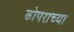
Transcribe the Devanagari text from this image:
ढोपराच्या